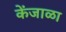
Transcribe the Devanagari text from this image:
केंजाळा